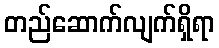
တည်ဆောက်လျက်ရှိရာ